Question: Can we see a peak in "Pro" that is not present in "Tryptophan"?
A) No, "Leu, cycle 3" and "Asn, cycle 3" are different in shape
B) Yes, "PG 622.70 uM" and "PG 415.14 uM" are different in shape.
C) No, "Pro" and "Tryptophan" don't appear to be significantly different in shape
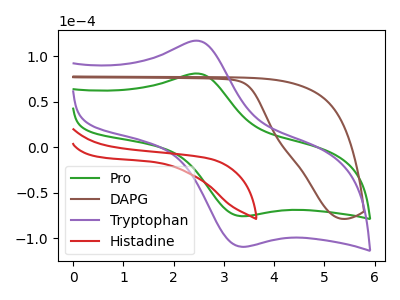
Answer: <think>The green curve "Pro" has an anodic peak at (2.55V, 80.80uA) and a cathodic peak at (3.35V, -75.55uA). The brown curve "DAPG" has no peaks. The purple curve "Tryptophan" has an anodic peak at (2.55V, 116.70uA) and a cathodic peak at (3.35V, -109.10uA). The red curve "Histadine" has no peaks.
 All the peaks in "Pro" have a peak in "Tryptophan" at the same potential. Every peak in "Pro" is lower than every peak in "Tryptophan".</think>
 <answer>C) No, "Pro" and "Tryptophan" don't appear to be significantly different in shape</answer>
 <eval>C</eval>